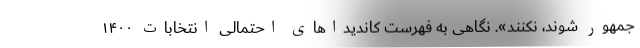
جمهور شوند، نکنند». نگاهی به فهرست کاندیداهای احتمالی انتخابات ۱۴۰۰